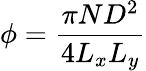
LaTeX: \phi=\frac{\pi ND^{2}}{4L_{x}L_{y}}